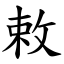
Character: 敕